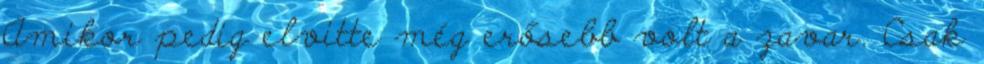
Amikor pedig elvitte még erősebb volt a zavar. Csak